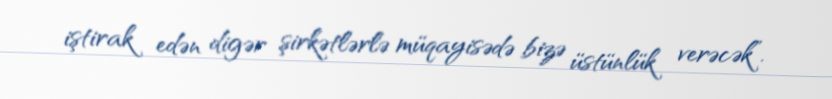
iştirak edən digər şirkətlərlə müqayisədə bizə üstünlük verəcək”.